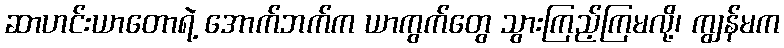
ဆာဟင်းယာတောရဲ့ အောက်ဘက်က ယာကွက်တွေ သွားကြည့်ကြမလို့၊ ကျွန်မက